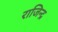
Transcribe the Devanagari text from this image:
राजिन्द्र